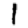
Digit: 1